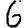
Digit: 6